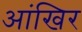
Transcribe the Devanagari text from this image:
आंखिर